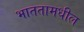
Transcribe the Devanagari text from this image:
भाततामधील